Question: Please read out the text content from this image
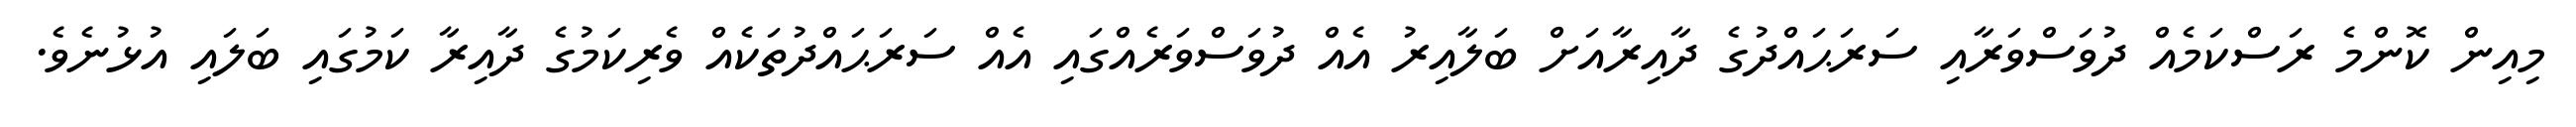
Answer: މިއިން ކޮންމެ ރަސްކަމެއް ދުވަސްވަރާއި ސަރަޙައްދުގެ ދާއިރާއަށް ބަލާއިރު އެއް ދުވަސްވަރެއްގައި އެއް ސަރަޙައްދުތަކެއް ވެރިކަމުގެ ދާއިރާ ކަމުގައި ބަލައި އުޅުނެވެ.